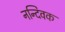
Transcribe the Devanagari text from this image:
नन्दिवक